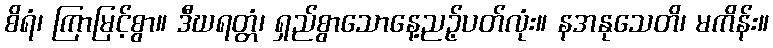
စိရံ၊ ကြာမြင့်စွာ။ ဒီဃရတ္တံ၊ ရှည်စွာသောနေ့ညဉ့်ပတ်လုံး။ နအနုသေတိ၊ မကိန်း။